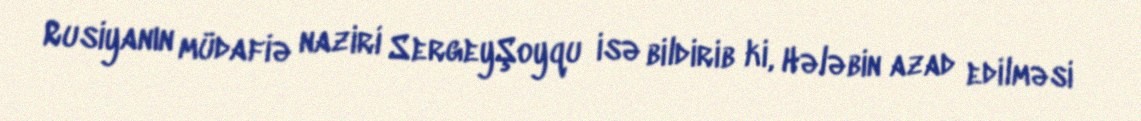
Rusiyanın müdafiə naziri SergeyŞoyqu isə bildirib ki, Hələbin azad edilməsi